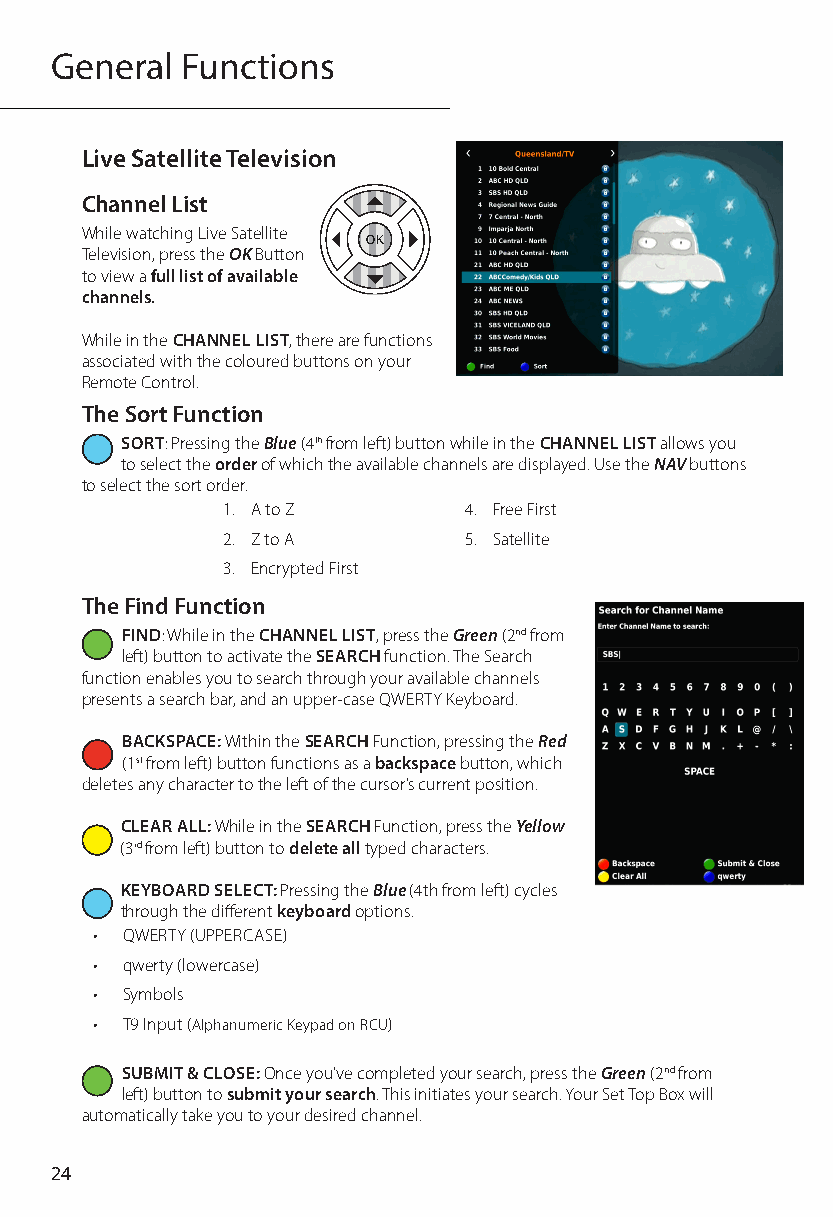
General  Functions
 Live Satellite Television
 Channel List
 While watching Live Satellite
 Television, press the OK Button
 to view a full list of available
 channels.
 While in the CHANNEL LIST, there are functions
 associated with the coloured buttons on your
 Remote Control.
 The Sort Function
 SORT: Pressing the Blue (4th from left) button while in the CHANNEL LIST allows you
 to select the order of which the available channels are displayed. Use the NAV buttons
 to select the sort order.
 1. A to Z       4. Free First
 2. Z to A       5. Satellite
 3. Encrypted First
 The Find Function
 FIND: While in the CHANNEL LIST, press the Green (2nd from
 left) button to activate the SEARCH function. The Search
 function enables you to search through your available channels
 presents a search bar, and an upper-case QWERTY Keyboard.
 BACKSPACE: Within the SEARCH Function, pressing the Red
 (1st from left) button functions as a backspace button, which
 deletes any character to the left of the cursor’s current position.
 CLEAR ALL: While in the SEARCH Function, press the Yellow
 (3rd from left) button to delete all typed characters.
 KEYBOARD SELECT: Pressing the Blue (4th from left) cycles
 through the different keyboard options.
 • QWERTY (UPPERCASE)
 • qwerty (lowercase)
 • Symbols
 • T9 Input (Alphanumeric Keypad on RCU)
 SUBMIT & CLOSE: Once you’ve completed your search, press the Green (2nd from
 left) button to submit your search. This initiates your search. Your Set Top Box will
 automatically take you to your desired channel.
 24